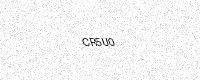
Text: CR5U0